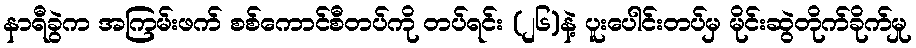
နာရီခွဲက အကြမ်းဖက် စစ်ကောင်စီတပ်ကို တပ်ရင်း (၂၆)နဲ့ ပူးပေါင်းတပ်မှ မိုင်းဆွဲတိုက်ခိုက်မှု